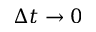
\Delta t \rightarrow 0